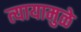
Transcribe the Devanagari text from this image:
त्यायामुळे